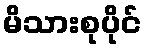
မိသားစုပိုင်